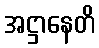
အဋ္ဌာနေတိ